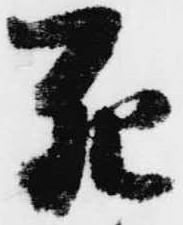
死